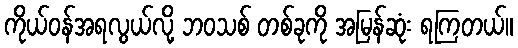
ကိုယ်ဝန်အရလွယ်လို့ ဘဝသစ် တစ်ခုကို အမြန်ဆုံး ရကြတယ်။